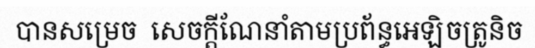
បានសម្រេច  សេចក្តីណែនាំតាមប្រព័ន្ធអេឡិចត្រូនិច